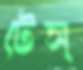
টেস্